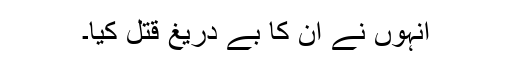
انہوں نے ان کا بے دریغ قتل کیا۔